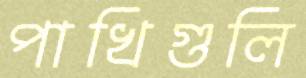
পাখিগুলি